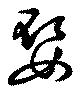
娶